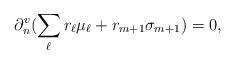
LaTeX: \begin{align*}\partial_n^v(\sum_\ell r_\ell \mu_\ell + r_{m+1}\sigma_{m+1})=0,\end{align*}